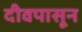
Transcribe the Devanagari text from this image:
दीवपासून